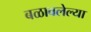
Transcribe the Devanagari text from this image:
बळावलेल्या